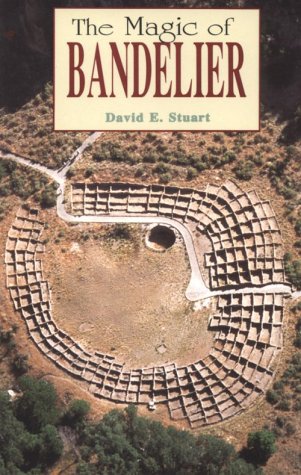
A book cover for The Magic of Bandelier; David E. Stuart; Travel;